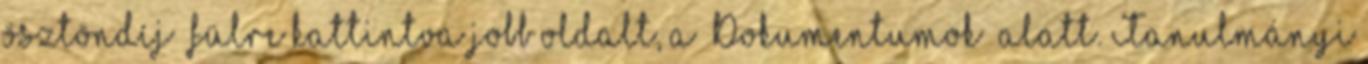
ösztöndíj” fülre kattintva jobb oldalt, a „Dokumentumok” alatt. Tanulmányi